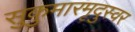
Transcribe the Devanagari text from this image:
सुकुमारमृदुस्वर